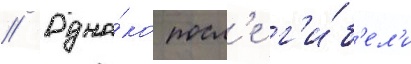
// Одна́ко посл'е г'и́б'ел'и